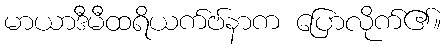
မာယာဒီမီထရိယက်ဗ်နာက ပြောလိုက်၏။